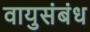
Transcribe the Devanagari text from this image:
वायुसंबंध